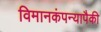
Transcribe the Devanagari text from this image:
विमानकंपन्यापैकी